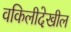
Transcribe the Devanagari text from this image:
वकिलीदेखील